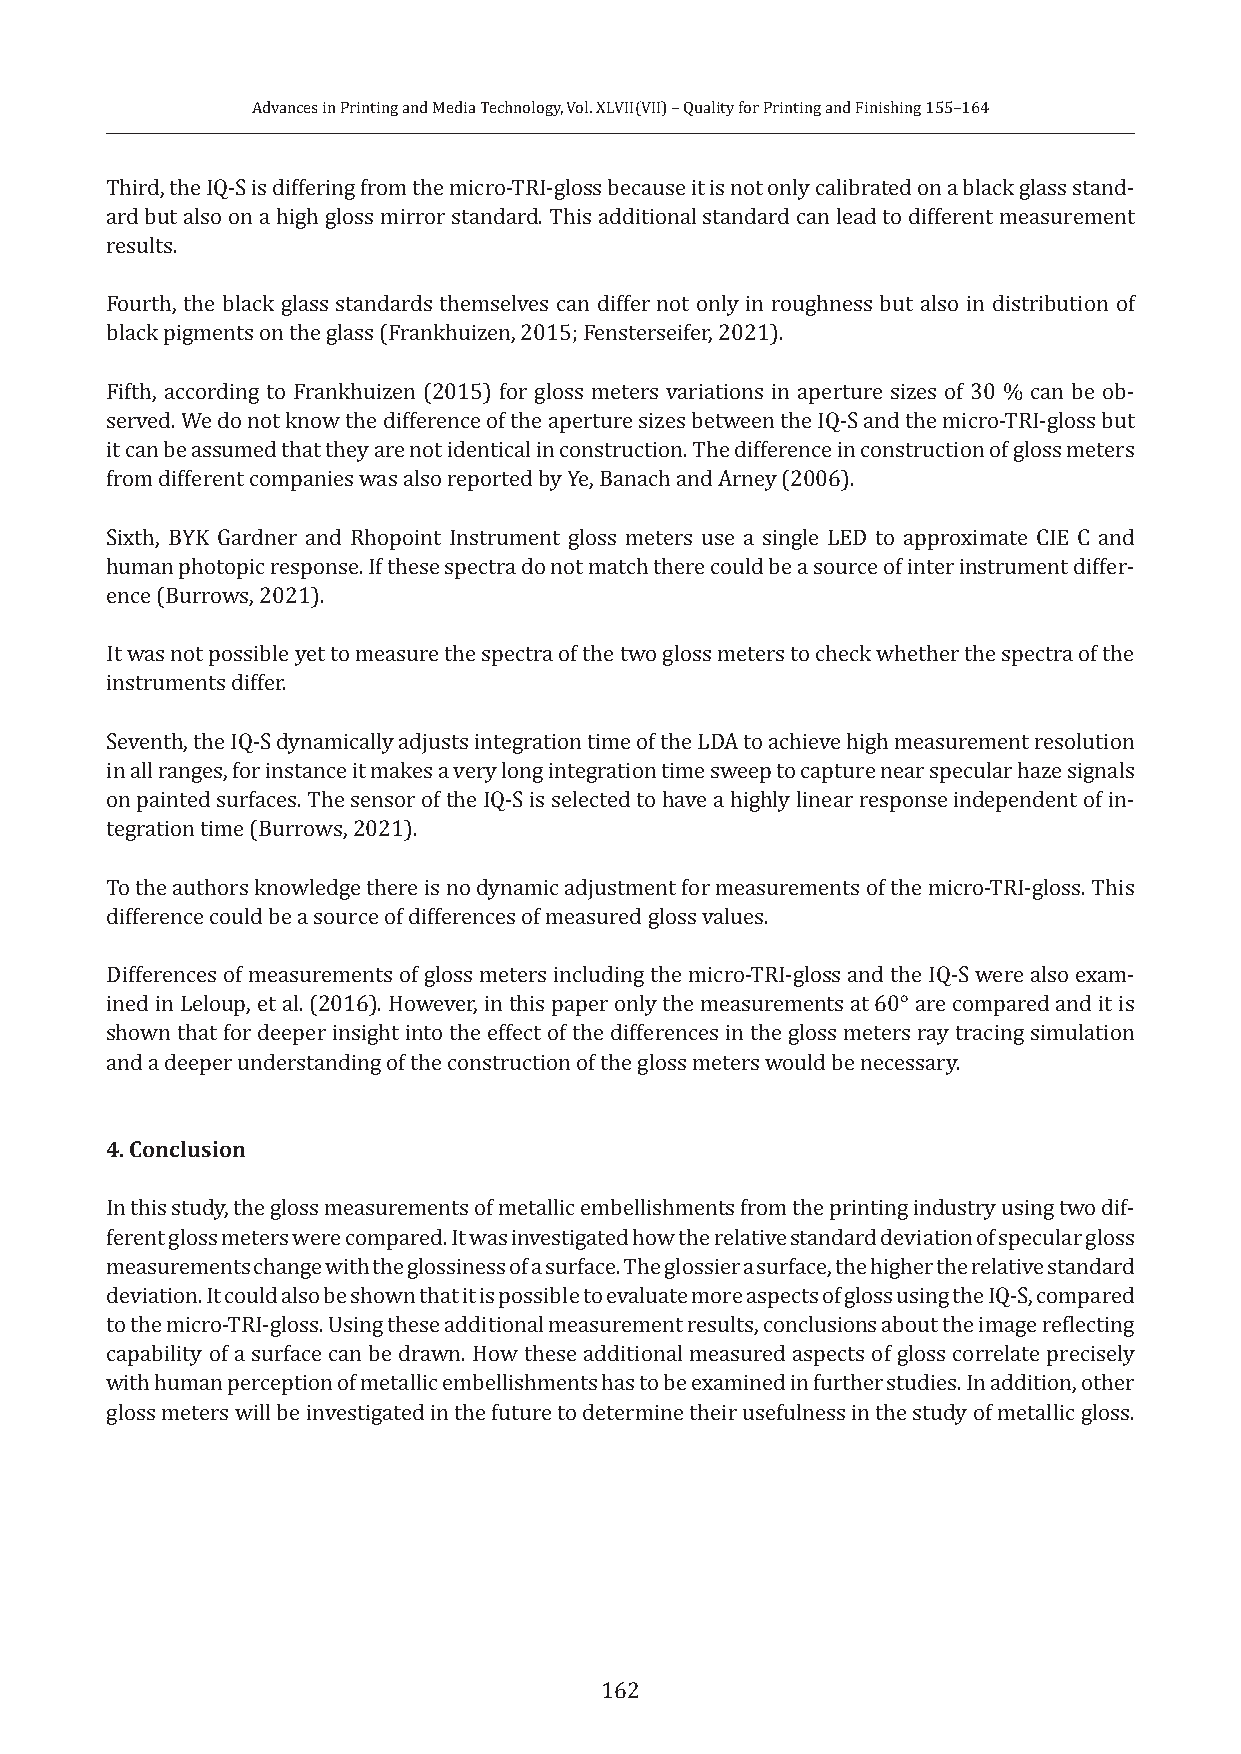
Advances in Printing and Media Technology, Vol. XLVII(VII) – Quality for Printing and Finishing 155–164
 Third, the IQ-S is differing from the micro-TRI-gloss because it is not only calibrated on a black glass stand-
 ard but also on a high gloss mirror standard. This additional standard can lead to different measurement
 results.
 Fourth, the black glass standards themselves can differ not only in roughness but also in distribution of
 black pigments on the glass (Frankhuizen, 2015; Fensterseifer, 2021).
 Fifth, according to Frankhuizen (2015) for gloss meters variations in aperture sizes of 30 % can be ob-
 served. We do not know the difference of the aperture sizes between the IQ-S and the micro-TRI-gloss but
 it can be assumed that they are not identical in construction. The difference in construction of gloss meters
 from different companies was also reported by Ye, Banach and Arney (2006).
 Sixth, BYK Gardner and Rhopoint Instrument gloss meters use a single LED to approximate CIE C and
 human photopic response. If these spectra do not match there could be a source of inter instrument differ-
 ence (Burrows, 2021).
 It was not possible yet to measure the spectra of the two gloss meters to check whether the spectra of the
 instruments differ.
 Seventh, the IQ-S dynamically adjusts integration time of the LDA to achieve high measurement resolution
 in all ranges, for instance it makes a very long integration time sweep to capture near specular haze signals
 on painted surfaces. The sensor of the IQ-S is selected to have a highly linear response independent of in-
 tegration time (Burrows, 2021).
 To the authors knowledge there is no dynamic adjustment for measurements of the micro-TRI-gloss. This
 difference could be a source of differences of measured gloss values.
 Differences of measurements of gloss meters including the micro-TRI-gloss and the IQ-S were also exam-
 ined in Leloup, et al. (2016). However, in this paper only the measurements at 60° are compared and it is
 shown that for deeper insight into the effect of the differences in the gloss meters ray tracing simulation
 and a deeper understanding of the construction of the gloss meters would be necessary.
 4. Conclusion
 In this study, the gloss measurements of metallic embellishments from the printing industry using two dif-
 ferent gloss meters were compared. It was investigated how the relative standard deviation of specular gloss
 measurements change with the glossiness of a surface. The glossier a surface, the higher the relative standard
 deviation. It could also be shown that it is possible to evaluate more aspects of gloss using the IQ-S, compared
 to the micro-TRI-gloss. Using these additional measurement results, conclusions about the image reflecting
 capability of a surface can be drawn. How these additional measured aspects of gloss correlate precisely
 with human perception of metallic embellishments has to be examined in further studies. In addition, other
 gloss meters will be investigated in the future to determine their usefulness in the study of metallic gloss.
 162